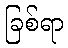
ခြစ်ရာ